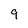
Character: 9